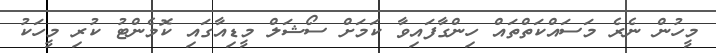
މީހުން ނެރެ މަސައްކަތްތައް ހިންގާފައިވާ ކަމަށް ސޯޝަލް މީޑިއާގައި ކޮމެންޓު ކުރި މީހަކު